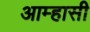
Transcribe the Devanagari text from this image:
आम्हासी